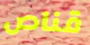
قناص